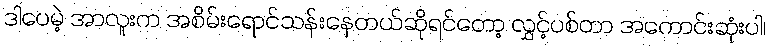
ဒါပေမဲ့ အာလူးက အစိမ်းရောင်သန်းနေတယ်ဆိုရင်တော့ လွှင့်ပစ်တာ အကောင်းဆုံးပါ၊